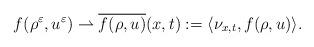
LaTeX: \begin{align*}f(\rho^\varepsilon,u^\varepsilon)\rightharpoonup \overline{f(\rho,u)}(x,t):=\langle \nu_{x,t},f(\rho,u)\rangle.\end{align*}